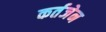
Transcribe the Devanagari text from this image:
कर्तजेन